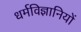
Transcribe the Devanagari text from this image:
धर्मविज्ञानियों